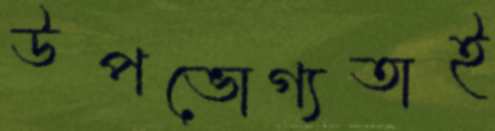
উপভোগ্যতাই